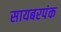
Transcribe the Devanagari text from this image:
सायबरपंक